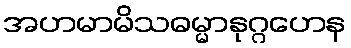
အဟမာမိသဓမ္မာနုဂ္ဂဟေန